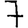
Digit: 7